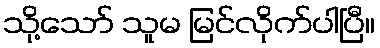
သို့သော် သူမ မြင်လိုက်ပါပြီ။